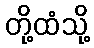
တို့ထံသို့